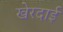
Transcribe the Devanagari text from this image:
खेरदाई